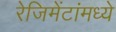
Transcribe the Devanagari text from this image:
रेजिमेंटांमध्ये